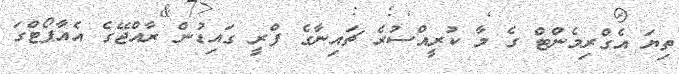
ތިޔަ އެގްރިމެންޓް ގެ މާ ކުރީއްސުރެ ޗައިނާގެ ފްރީ ގައިޑުން ރާއްޖޭގެ އެއާޕޯޓްގަ